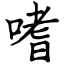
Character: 嗜